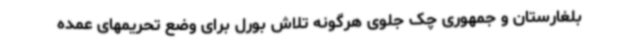
بلغارستان و جمهوری چک جلوی هرگونه تلاش بورل برای وضع تحریمهای عمده